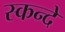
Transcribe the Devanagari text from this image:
स्कन्दे